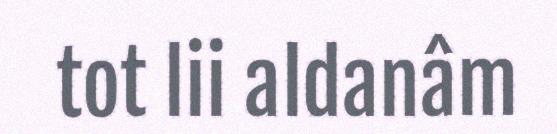
tot lii aldanâm